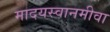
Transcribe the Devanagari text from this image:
मादयस्वानमीवा